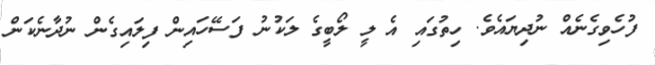
ފުހެވިގެނެއް ނުދިޔައެވެ. ހިތުގައި އެ ލީ ލޯބީގެ ލަކުނު ފަސޭހައިން ފިލައިގެން ނުދާނެކަން